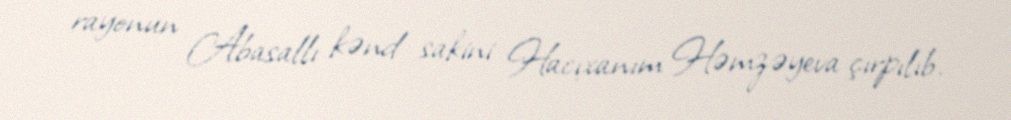
rayonun Abasallı kənd sakini Hacıxanım Həmzəyeva çırpılıb.